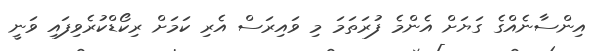
އިންސާނެއްގެ ގަޔަށް އެންމެ ފުރަތަމަ މި ވައިރަސް އެރި ކަމަށް ރިކޯޑްކުރެވިފައި ވަނީ